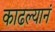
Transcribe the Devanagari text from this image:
काढल्यानं